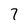
Character: 7